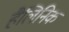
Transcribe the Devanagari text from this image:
हैलिनिक